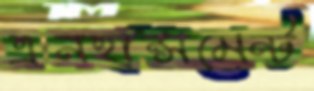
এনহান্সমেন্ট